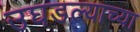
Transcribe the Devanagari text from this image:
उघडल्याच्या